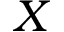
X